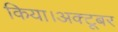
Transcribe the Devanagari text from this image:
किया।अक्टूबर